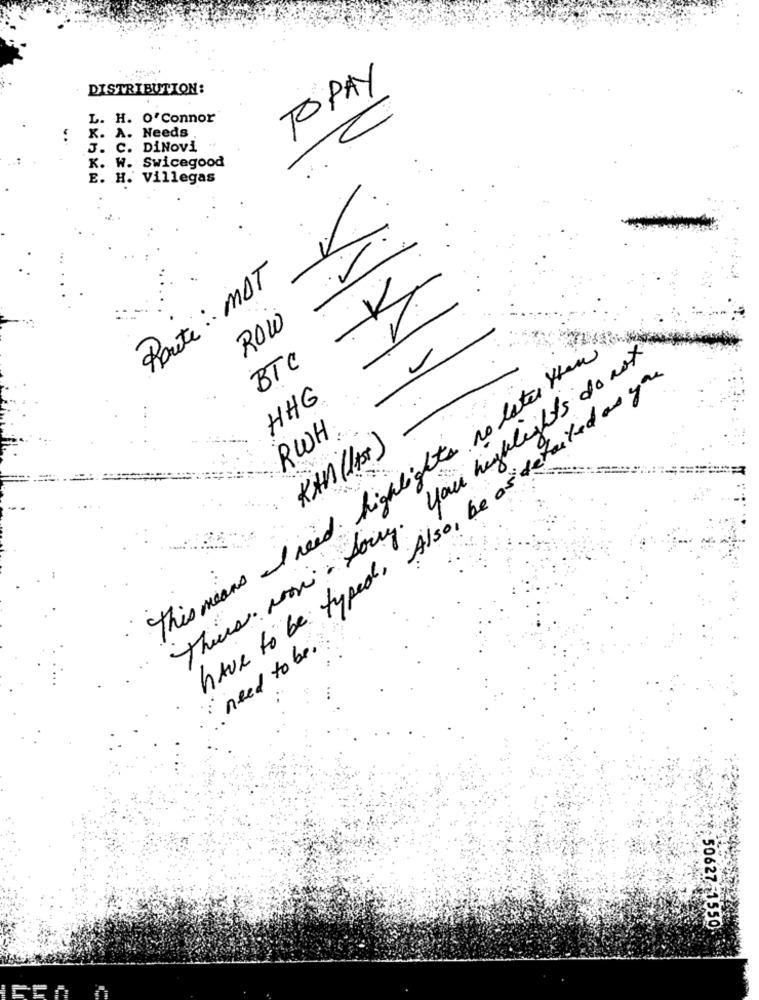
DISTRIBUTION:
TOPAY
L. H. O'Connor
K. A. Needs
J. C. DiNovi
K. W. Swicegood
E. H. Villegas
Route : MOT
ROW
This means I need highlights no later than
This. non - Doing. you highlights do not
BTC
have to be typed, Also, be as detailed as you
HHG
RWH
KAN(1st)
· need to be.
:50627-1550